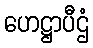
ဟေဋ္ဌာပီဌံ